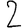
Digit: 2